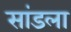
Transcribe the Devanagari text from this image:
सांडला